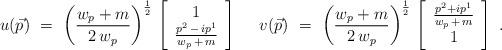
LaTeX: \begin{align*}u(\vec{p})\,\,=\,\, \left( \frac{w_p+m}{2\,w_p}\right)^{\frac {1}{2}}\,\left[ \begin{array}{c} 1 \\\frac{p^{2}\,-\,ip^{1}}{w_p\,+\,m} \end{array} \right] \,\,\quad v(\vec{p})\,\,=\,\, \left( \frac{w_p+m}{2\,w_p}\right)^{\frac {1}{2}}\,\left[ \begin{array}{c} \frac{p^{2}+i p^{1}}{w_p\,+\,m} \\1\end{array} \right] \,\,.\end{align*}